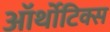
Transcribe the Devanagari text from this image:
ऑर्थोटिक्स